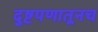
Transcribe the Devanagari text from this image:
दुष्टपणातूनच